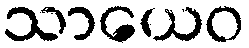
သာယေဝ